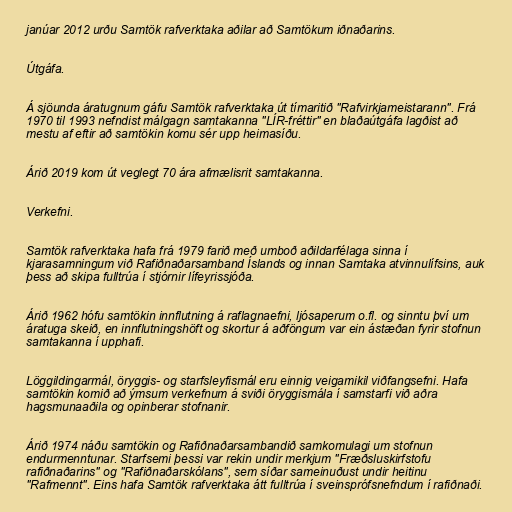
janúar 2012 urðu Samtök rafverktaka aðilar að Samtökum iðnaðarins.

Útgáfa.

Á sjöunda áratugnum gáfu Samtök rafverktaka út tímaritið "Rafvirkjameistarann". Frá
1970 til 1993 nefndist málgagn samtakanna "LÍR-fréttir" en blaðaútgáfa lagðist að
mestu af eftir að samtökin komu sér upp heimasíðu.

Árið 2019 kom út veglegt 70 ára afmælisrit samtakanna.

Verkefni.

Samtök rafverktaka hafa frá 1979 farið með umboð aðildarfélaga sinna í
kjarasamningum við Rafiðnaðarsamband Íslands og innan Samtaka atvinnulífsins, auk
þess að skipa fulltrúa í stjórnir lífeyrissjóða.

Árið 1962 hófu samtökin innflutning á raflagnaefni, ljósaperum o.fl. og sinntu því um
áratuga skeið, en innflutningshöft og skortur á aðföngum var ein ástæðan fyrir stofnun
samtakanna í upphafi.

Löggildingarmál, öryggis- og starfsleyfismál eru einnig veigamikil viðfangsefni. Hafa
samtökin komið að ýmsum verkefnum á sviði öryggismála í samstarfi við aðra
hagsmunaaðila og opinberar stofnanir.

Árið 1974 náðu samtökin og Rafiðnaðarsambandið samkomulagi um stofnun
endurmenntunar. Starfsemi þessi var rekin undir merkjum "Fræðsluskirfstofu
rafiðnaðarins" og "Rafiðnaðarskólans", sem síðar sameinuðust undir heitinu
"Rafmennt". Eins hafa Samtök rafverktaka átt fulltrúa í sveinsprófsnefndum í rafiðnaði.